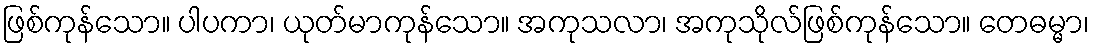
ဖြစ်ကုန်သော။ ပါပကာ၊ ယုတ်မာကုန်သော။ အကုသလာ၊ အကုသိုလ်ဖြစ်ကုန်သော။ တေဓမ္မာ၊